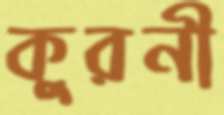
কুরনী